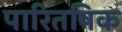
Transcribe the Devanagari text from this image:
पारितषिक